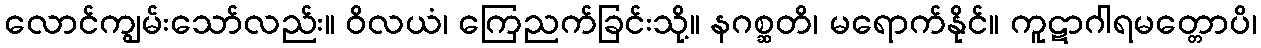
လောင်ကျွမ်းသော်လည်း။ ဝိလယံ၊ ကြေညက်ခြင်းသို့။ နဂစ္ဆတိ၊ မရောက်နိုင်။ ကူဋာဂါရမတ္တောပိ၊